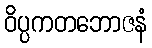
ဝိပ္ပကတဘောဇနံ